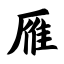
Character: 雁